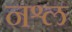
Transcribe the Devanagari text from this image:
नश्ल